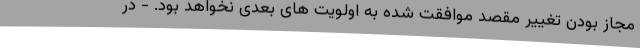
مجاز بودن تغییر مقصد موافقت شده به اولویت های بعدی نخواهد بود. - در